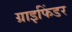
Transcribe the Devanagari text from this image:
ग्राइफिंडर